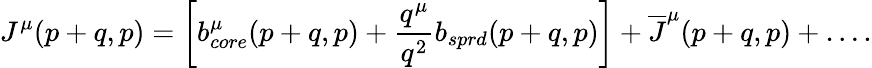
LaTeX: J^{\mu}(p+q,p)=\left[b_{core}^{\mu}(p+q,p)+{\frac{q^{\mu}}{q^{2}}}b_{sprd}(p+q,p)\right]+\overline{{J}}^{\mu}(p+q,p)+\ldots.